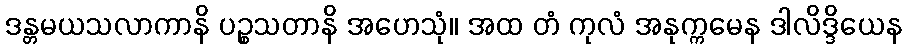
ဒန္တမယသလာကာနိ ပဉ္စသတာနိ အဟေသုံ။ အထ တံ ကုလံ အနုက္ကမေန ဒါလိဒ္ဒိယေန